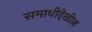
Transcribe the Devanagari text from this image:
समाधीदेखील